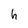
Character: h